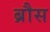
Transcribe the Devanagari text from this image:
ब्रौस